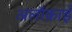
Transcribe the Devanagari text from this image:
अलॉक़ाई